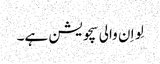
لِو اِ ن والی سچویشن ہے۔